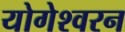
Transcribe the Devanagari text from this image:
योगेश्वरन